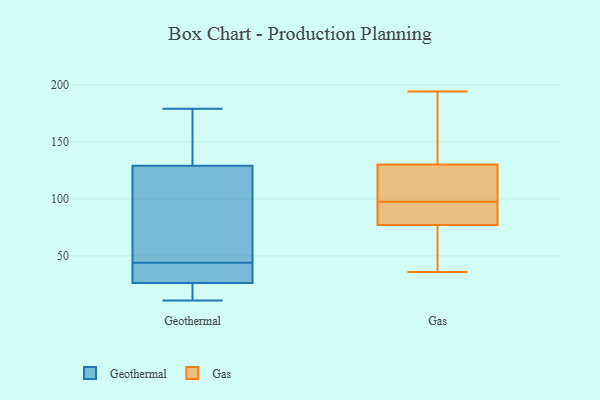
{"axis": {"x": "Backlog", "y": "Value"}, "legend": ["Gas", "Geothermal"], "data": [{"x": "", "y": 54, "type": "Geothermal"}, {"x": "", "y": 140, "type": "Geothermal"}, {"x": "", "y": 27, "type": "Geothermal"}, {"x": "", "y": 136, "type": "Geothermal"}, {"x": "", "y": 179, "type": "Geothermal"}, {"x": "", "y": 15, "type": "Geothermal"}, {"x": "", "y": 35, "type": "Geothermal"}, {"x": "", "y": 108, "type": "Geothermal"}, {"x": "", "y": 26, "type": "Geothermal"}, {"x": "", "y": 44, "type": "Geothermal"}, {"x": "", "y": 11, "type": "Geothermal"}, {"x": "", "y": 36, "type": "Gas"}, {"x": "", "y": 130, "type": "Gas"}, {"x": "", "y": 102, "type": "Gas"}, {"x": "", "y": 71, "type": "Gas"}, {"x": "", "y": 77, "type": "Gas"}, {"x": "", "y": 86, "type": "Gas"}, {"x": "", "y": 93, "type": "Gas"}, {"x": "", "y": 194, "type": "Gas"}, {"x": "", "y": 127, "type": "Gas"}, {"x": "", "y": 137, "type": "Gas"}]}